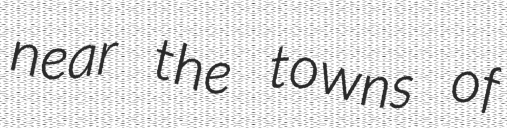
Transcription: near the towns of